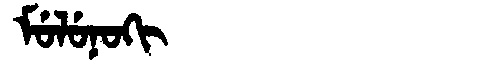
Manchu: ᠮᡠᠯᡠᠨᠣᡴᡳ
Romanization: MULUNOKI